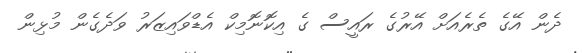
ދެން އޭގެ ތެރެއަށް އޭރުގެ ރައީސް ގެ އިކޮނޮމިކް އެޑްވައިޒަރު ވަދެގެން މުޅިން